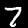
Label: 7